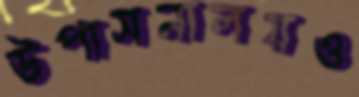
উপাসনালয়ও